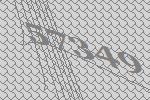
57349